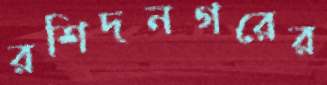
রশিদনগরের